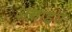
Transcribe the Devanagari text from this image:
असाह्य